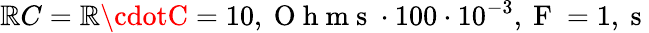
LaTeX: \mathbb{R}C=\mathbb{R}\cdotC=10,\mathrm{{~O~h~m~s~}}\cdot100\cdot10^{-3},\mathrm{{~F~}}=1,\mathrm{{~s~}}